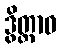
ဒွိတ္တာဝ